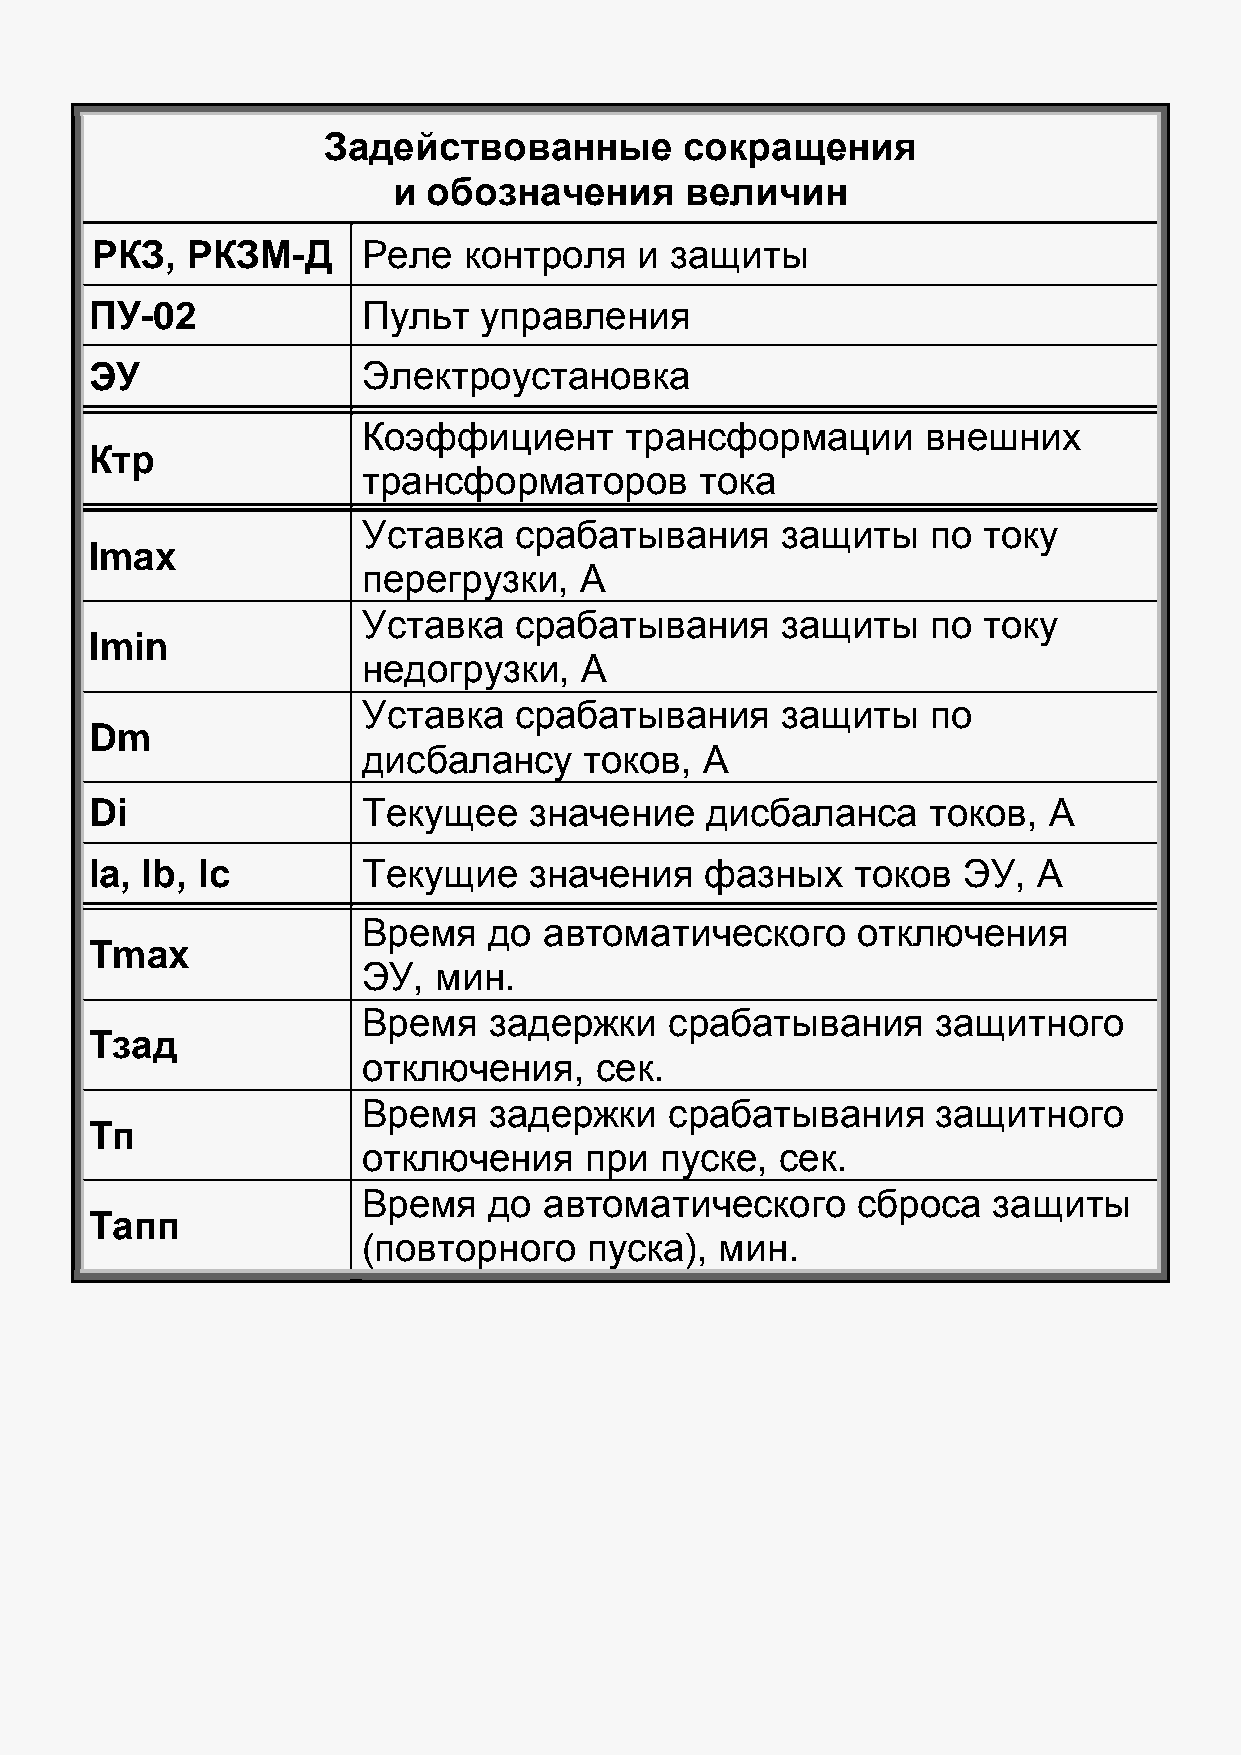
Задействованные         сокращения
 и обозначения      величин
 РКЗ,  РКЗМ-Д      Реле   контроля   и защиты
 ПУ-02             Пульт   управления
 ЭУ                Электроустановка
 Коэффициент      трансформации       внешних
 Ктр
 трансформаторов       тока
 Уставка   срабатывания      защиты    по току
 Imax
 перегрузки,   А
 Уставка   срабатывания      защиты    по току
 Imin
 недогрузки,   А
 Уставка   срабатывания      защиты    по
 Dm
 дисбалансу     токов,  А
 Di                Текущее    значение    дисбаланса    токов,  А
 Ia, Ib, Iс        Текущие    значения    фазных    токов  ЭУ,  А
 Время   до  автоматического      отключения
 Tmax
 ЭУ,  мин.
 Время   задержки    срабатывания      защитного
 Tзад
 отключения,    сек.
 Время   задержки    срабатывания      защитного
 Tп
 отключения     при  пуске,  сек.
 Время   до  автоматического      сброса   защиты
 Tапп
 (повторного    пуска),  мин.